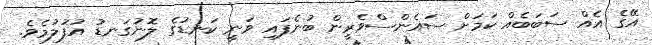
އޭގެ އެއް ސަބަބެއް ކަމަށް ސައެންސްވެރީން ބުނެފައި ވަނީ ކަނޑުގެ ލޮނުގަނޑު އުފުލުމެވެ.